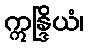
ဣန္ဒြိယံ၊